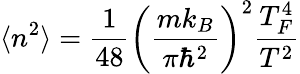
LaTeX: \langle n^{2}\rangle=\frac{1}{48}\left(\frac{mk_{B}}{\pi\hbar^{2}}\right)^{2}\frac{T_{F}^{4}}{T^{2}}